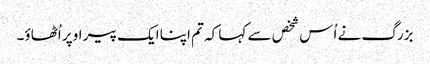
بزرگ نے اُس شخص سے کہا کہ تم اپنا ایک پیر اوپر اُٹھاؤ۔